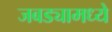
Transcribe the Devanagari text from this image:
जबड्यामध्ये